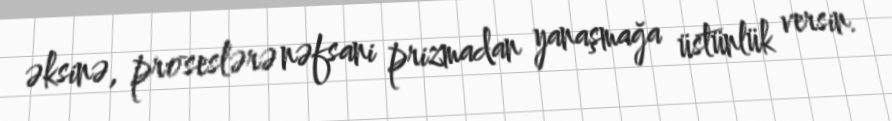
əksinə, proseslərə nəfsani prizmadan yanaşmağa üstünlük versin.